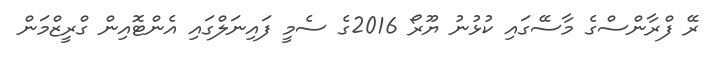
ރޭ ފްރާންސްގެ މާސޭގައި ކުޅުނު ޔޫރޯ 2016ގެ ސެމީ ފައިނަލްގައި އެންޓޮއިން ގްރީޒްމަން